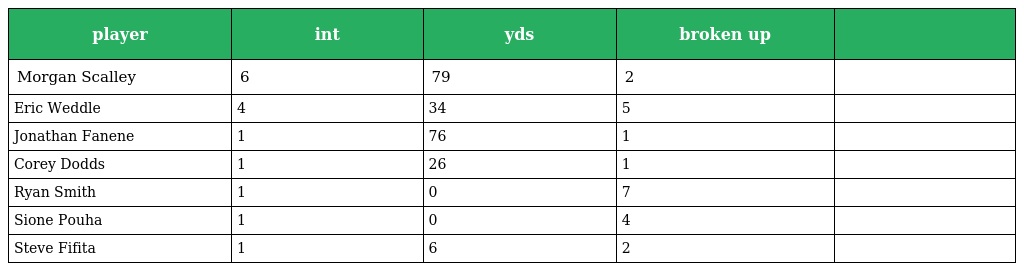
| player | int | yds | broken up |  |
 | --- | --- | --- | --- | --- |
 | Morgan Scalley | 6 | 79 | 2 |  |
 | Eric Weddle | 4 | 34 | 5 |  |
 | Jonathan Fanene | 1 | 76 | 1 |  |
 | Corey Dodds | 1 | 26 | 1 |  |
 | Ryan Smith | 1 | 0 | 7 |  |
 | Sione Pouha | 1 | 0 | 4 |  |
 | Steve Fifita | 1 | 6 | 2 |  |